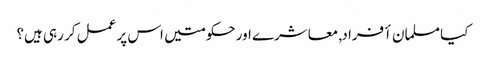
کیا مسلمان أفراد, معاشرے اور حکومتیں اس پر عمل کر رہی ہیں؟